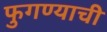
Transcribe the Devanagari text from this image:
फुगण्याची